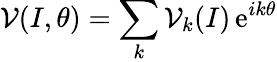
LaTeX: {\cal V}(I,\theta)=\sum_{k}{\cal V}_{k}(I)\, \mathrm{e}^{ik\theta}